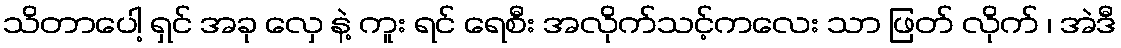
သိတာပေါ့ ရှင် အခု လှေ နဲ့ ကူး ရင် ရေစီး အလိုက်သင့်ကလေး သာ ဖြတ် လိုက် ၊ အဲဒီ